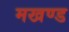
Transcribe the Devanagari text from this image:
मखण्ड